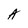
Character: A